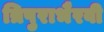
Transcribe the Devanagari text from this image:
त्रिपुराभैरवी